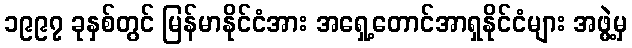
၁၉၉၇ ခုနှစ်တွင် မြန်မာနိုင်ငံအား အရှေ့တောင်အာရှနိုင်ငံများ အဖွဲ့မှ